Vabadussoja_Ajaloo_Komitee, lk 43
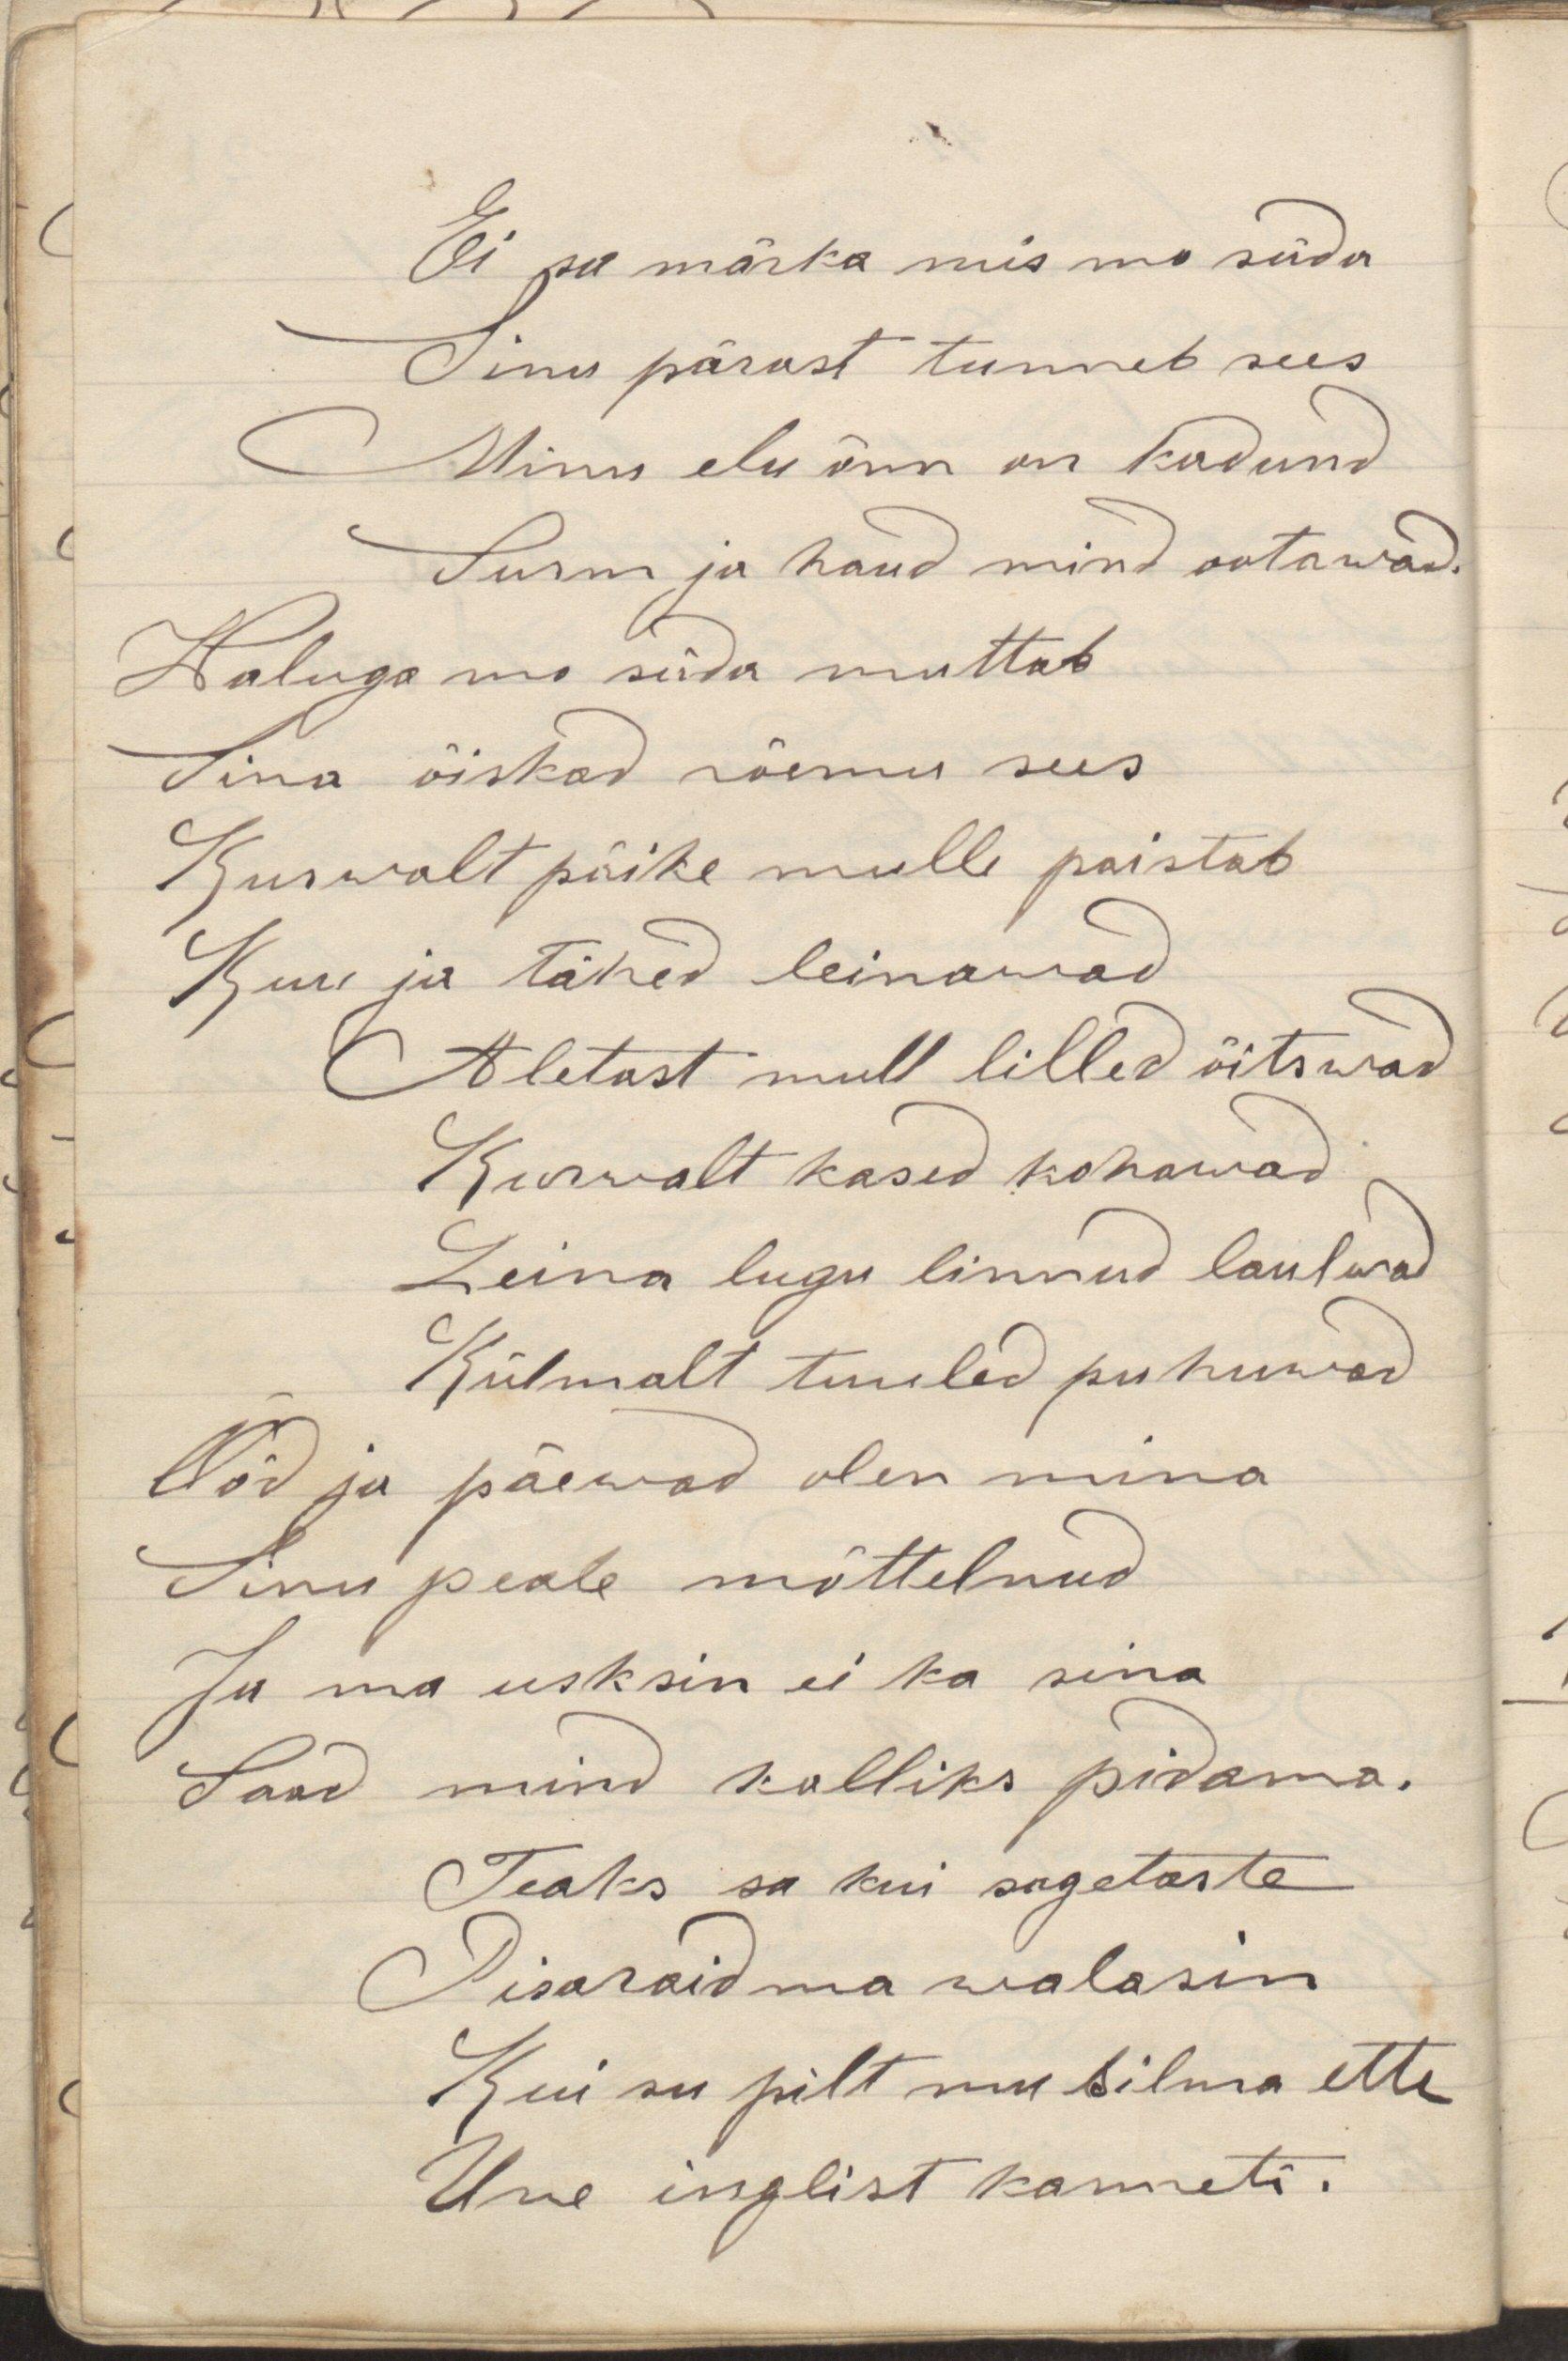
Ei sa märka mis mo süda
Sinu pärast tunneb sees
Minu elu õnn on kadund
Surm ja haud mind ootawad.
Waluga mu süda nuttab
Sina õiskad rõemu sees
Kurwalt päike mulle paistab
Kuu ja tähed leinawad
Aletust mull lilled õitswad
Kurwalt kased kohawad
Leina lugu linnud laulwad
Külmalt tuuled puhuwad
Ööd ja päewad olen mina
Sinu peale mõttelnud
Ja ma usksin ei ka sina
Saad mind kalliks pidama.
Teaks sa kui sagetaste
Pisaraid ma walasin
Kui su pilt mu silma ette
Une inglist kanneti.